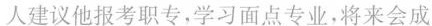
人建议他报考职专，学习面点专业，将来会成